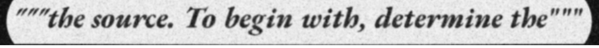
"""the source. To begin with, determine the"""